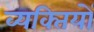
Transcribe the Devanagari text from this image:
व्‍यक्‍ितयों